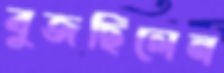
বুজছিলেন